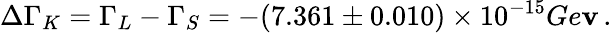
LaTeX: \Delta\Gamma_{K}=\Gamma_{L}-\Gamma_{S}=-(7.361\pm0.010)\times10^{-15}Ge\mathbf{v}\, .